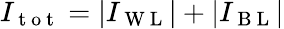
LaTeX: I_{\mathrm{~t~o~t~}}=|I_{\mathrm{~W~L~}}|+|I_{\mathrm{~B~L~}}|